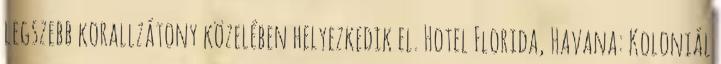
legszebb korallzátony közelében helyezkedik el. Hotel Florida, Havana: Koloniál